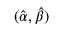
( { \hat { \alpha } } , { \hat { \beta } } )